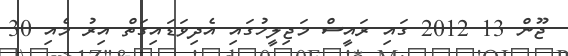
ޖޫން 13 2012 ގައި ރައީސް މަޖިލީހުގައި އެދިވަޑައިގަތް އިރު މެއި 30